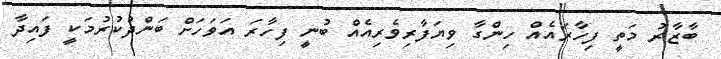
ބާޒާރު މަތީ ފިހާރައެއް ހިންގާ ވިޔަފާރިވެރިއެއް ބުނީ ފިހާރަ އަވަހަށް ބަންދުކުރުމަކީ ފައިދާ